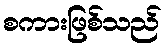
စကားဖြစ်သည်